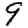
Digit: 9